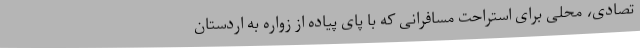
تصادی، محلی برای استراحت مسافرانی که با پای پیاده از زواره به اردستان